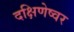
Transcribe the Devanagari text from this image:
दक्षिणेष्वर